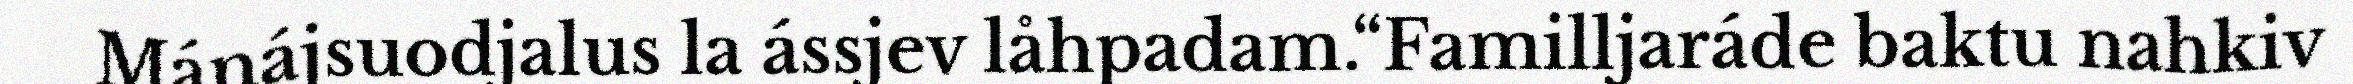
Mánájsuodjalus la ássjev låhpadam.“Familljaráde baktu nahkiv